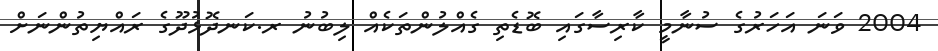
2004 ވަނަ އަހަރުގެ ސުނާމީ ކާރިސާގައި ބޮޑެތި ގެއްލުންތަކެއް ލިބުނު ރ.ކަނދޮޅުދޫގެ ރައްޔިތުންނަށް